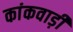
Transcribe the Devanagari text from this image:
कांकवाड़ी